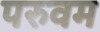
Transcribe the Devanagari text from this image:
परुवम